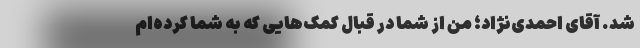
شد. آقای احمدی‌نژاد؛ من از شما در قبال کمک‌هایی که به شما کرده‌ام